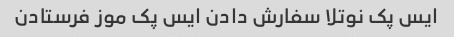
ایس پک نوتلا سفارش دادن ایس پک موز فرستادن